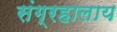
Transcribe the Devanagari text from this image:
संग्रहालाय